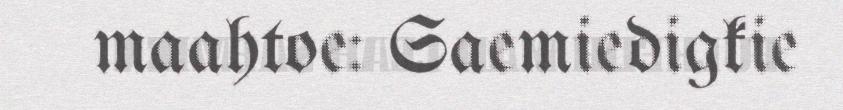
maahtoe: Saemiedigkie